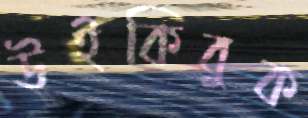
উইকিবুক